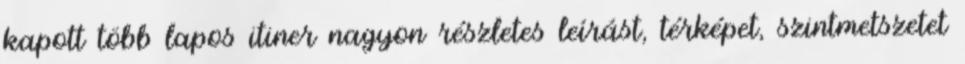
kapott több lapos itiner nagyon részletes leírást, térképet, szintmetszetet